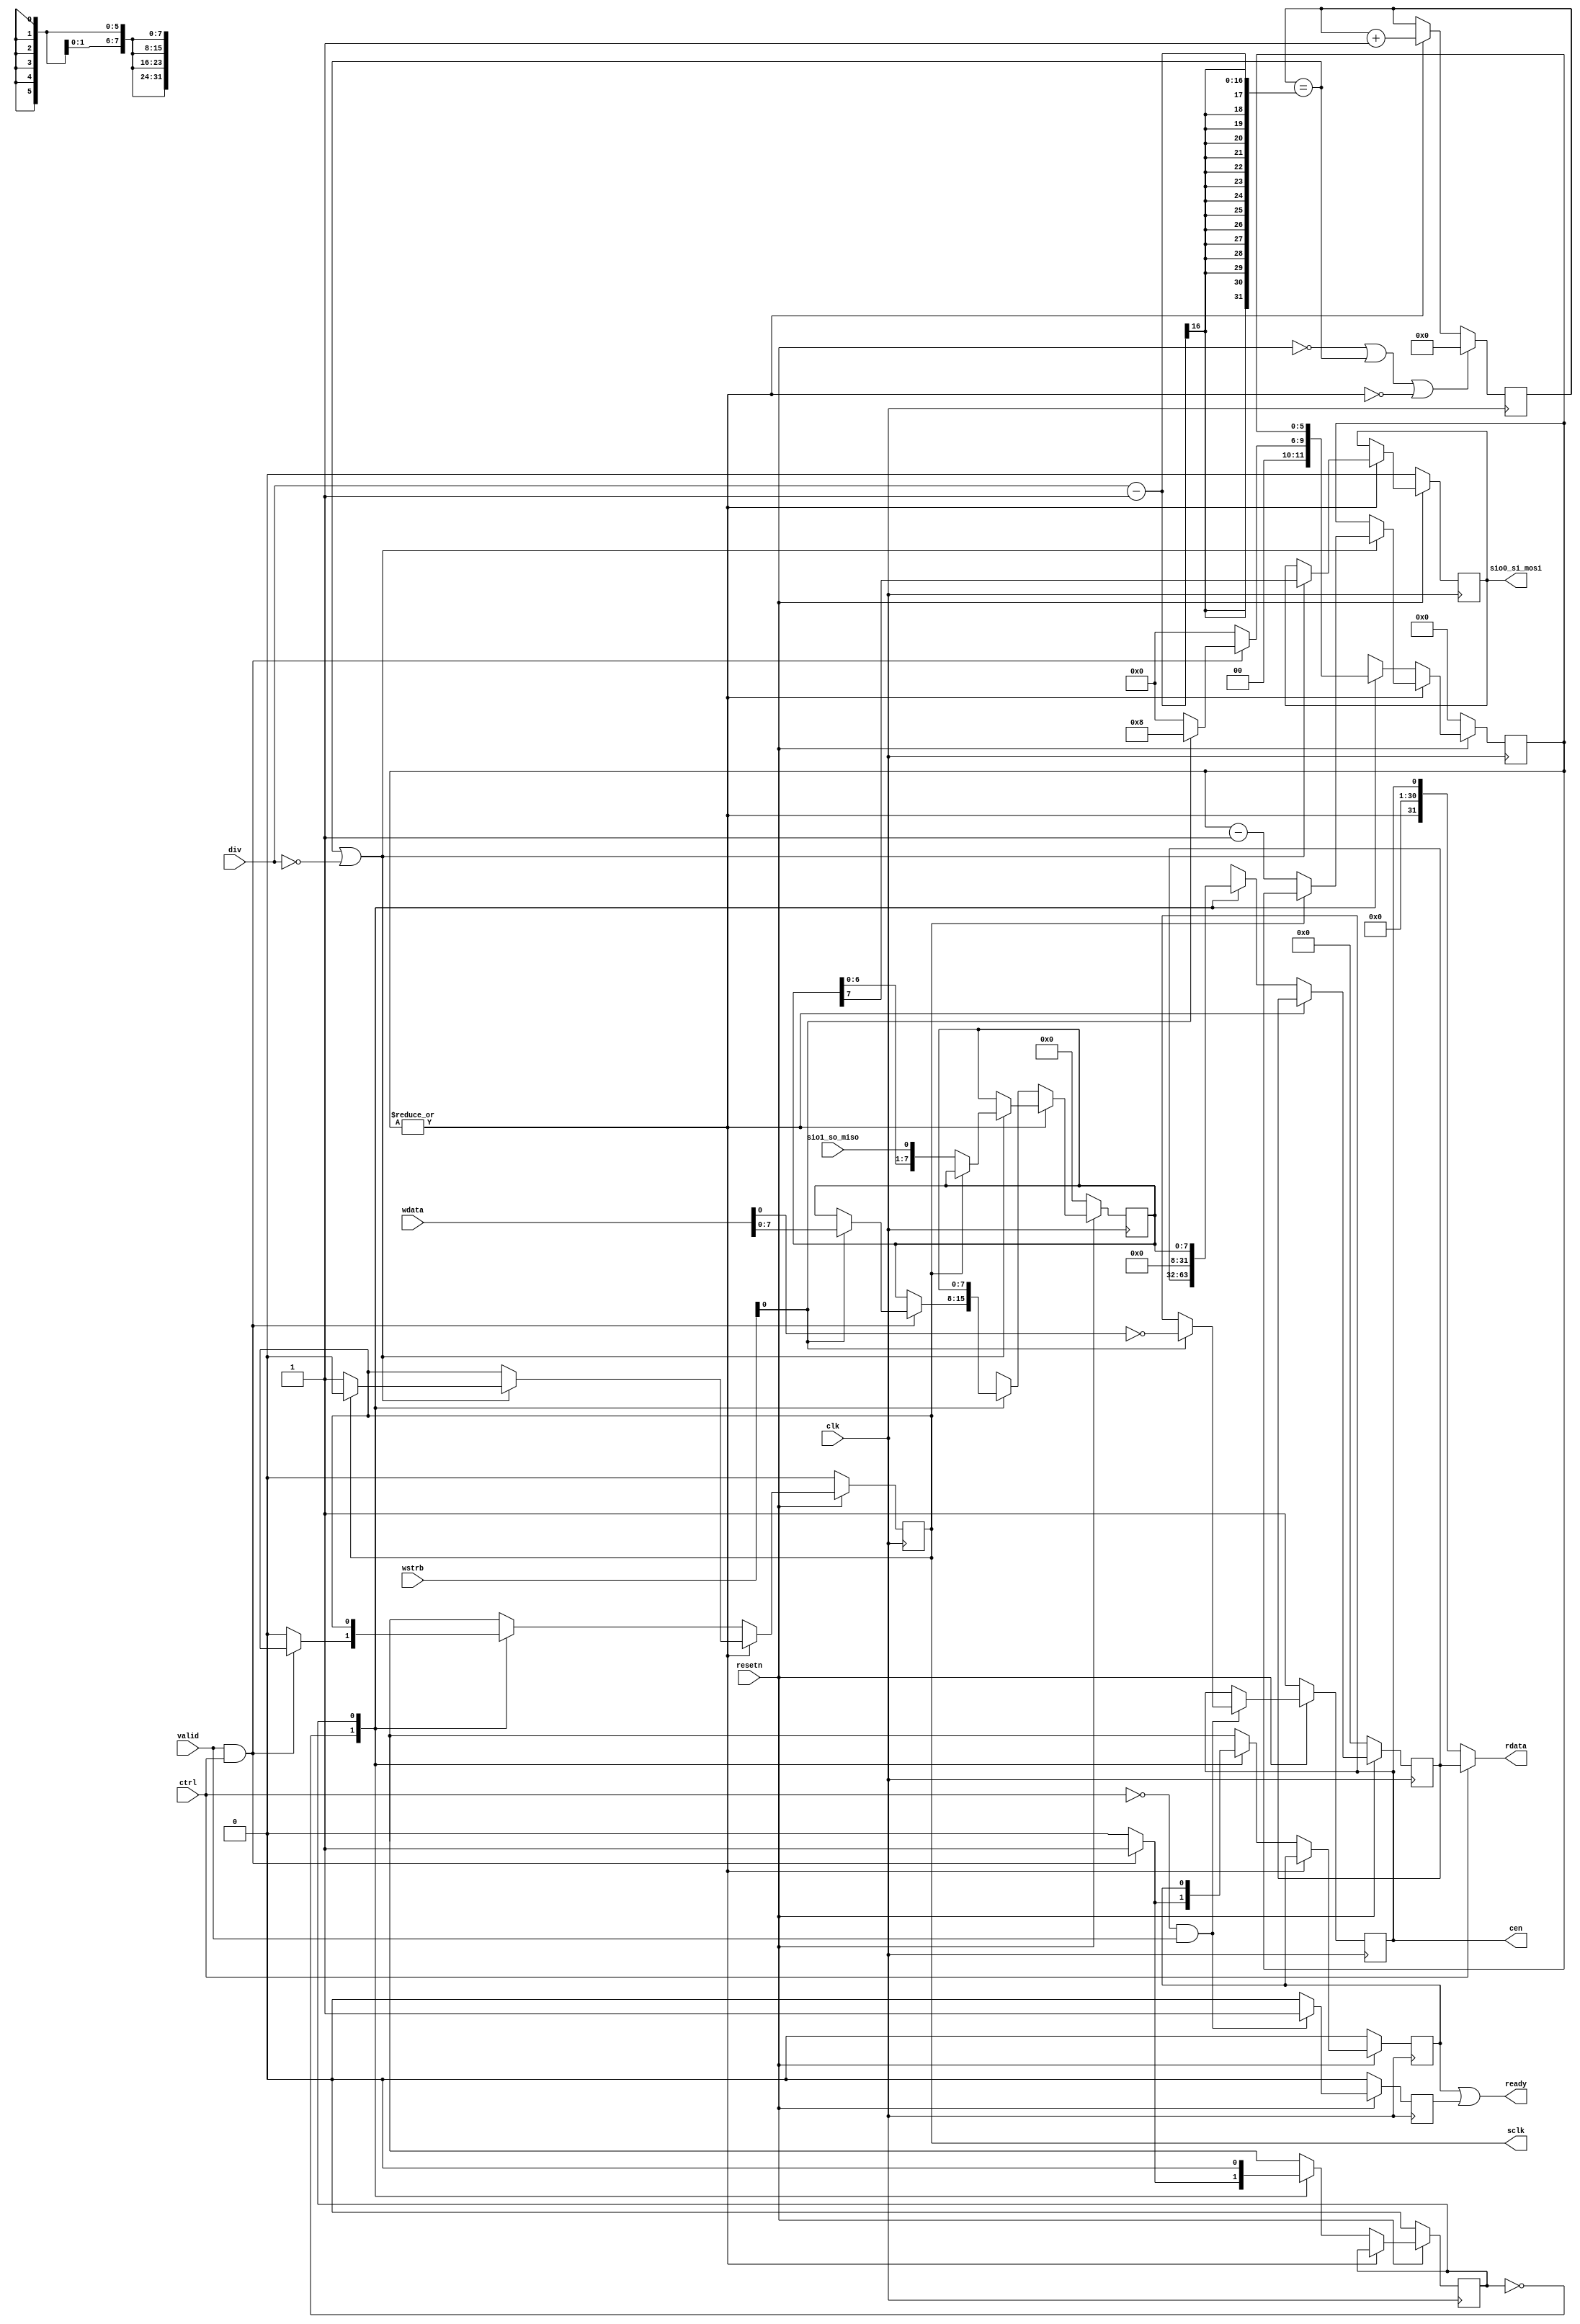
/*
 *  kianv.v - a simple RISC-V rv32ima
 *
 *  copyright (c) 2023 hirosh dabui <hirosh@dabui.de>
 *
 *  permission to use, copy, modify, and/or distribute this software for any
 *  purpose with or without fee is hereby granted, provided that the above
 *  copyright notice and this permission notice appear in all copies.
 *
 *  the software is provided "as is" and the author disclaims all warranties
 *  with regard to this software including all implied warranties of
 *  merchantability and fitness. in no event shall the author be liable for
 *  any special, direct, indirect, or consequential damages or any damages
 *  whatsoever resulting from loss of use, data or profits, whether in an
 *  action of contract, negligence or other tortious action, arising out of
 *  or in connection with the use or performance of this software.
 *
 */
`default_nettype none
/*verilator lint_off UNUSEDSIGNAL*/
module spi #(
    parameter CPOL = 1'b0
) (
    input wire clk,
    input wire resetn,

    input wire ctrl,  /* 0: cs control, 1: data */
    output wire [31:0] rdata,
    input wire [31:0] wdata,
    input wire [3:0] wstrb,
    input wire [15:0] div,
    input wire valid,
    output wire ready,

    output wire cen,
    output reg  sclk,
    input  wire sio1_so_miso,
    output wire sio0_si_mosi
);

  reg [5:0] xfer_cycles;
  reg [31:0] rx_data;
  reg [31:0] rx_data_next;

  reg sclk_next;
  reg sio_out_next;
  reg [7:0] spi_buf_next;
  reg [5:0] xfer_cycles_next;
  reg ready_xfer_next;
  reg ready_xfer;

  reg spi_cen;
  reg spi_cen_nxt;

  reg sio_out;
  wire sio_in;

  assign sio0_si_mosi = sio_out;
  assign sio_in = sio1_so_miso;

  wire in_xfer = |xfer_cycles;
  assign rdata = ctrl ? rx_data : {in_xfer, 30'b0, spi_cen};

  reg ready_ctrl;
  reg ready_ctrl_next;

  assign ready = ready_xfer || ready_ctrl;
  assign cen   = spi_cen;

  always @(posedge clk) begin
    if (!resetn) begin
      spi_cen <= 1'b1;
      ready_ctrl <= 1'b0;
    end else begin
      spi_cen <= spi_cen_nxt;
      ready_ctrl <= ready_ctrl_next;
    end
  end

  wire ctrl_access = !ctrl & valid;
  always @(*) begin
    ready_ctrl_next = 1'b0;
    spi_cen_nxt = spi_cen;
    if (ctrl_access) begin
      if (wstrb[0]) spi_cen_nxt = ~wdata[0];
      ready_ctrl_next = 1'b1;
    end
  end

  localparam [0:0] S0_IDLE = 0;
  localparam [0:0] S1_WAIT_FOR_XFER_DONE = 1;

  reg [17:0] tick_cnt;
  wire tick = tick_cnt == ({2'b0, div} - 1);
  always @(posedge clk) begin
    if (!resetn || tick || ~in_xfer) begin
      tick_cnt <= 0;
    end else begin
      if (in_xfer) tick_cnt <= tick_cnt + 1;
    end
  end

  reg [0:0] state, next_state;
  reg [7:0] spi_buf;

  always @(posedge clk) begin
    if (!resetn) begin
      sclk <= CPOL;
      sio_out <= 1'b0;
      spi_buf <= 0;
      xfer_cycles <= 0;
      ready_xfer <= 0;
      state <= S0_IDLE;
      rx_data <= 0;
    end else begin
      state <= next_state;
      sclk <= sclk_next;
      sio_out <= sio_out_next;
      spi_buf <= spi_buf_next;
      xfer_cycles <= xfer_cycles_next;
      rx_data <= rx_data_next;
      ready_xfer <= ready_xfer_next;
    end
  end

  always @(*) begin
    next_state = state;
    sclk_next = sclk;
    sio_out_next = sio_out;
    spi_buf_next = spi_buf;
    ready_xfer_next = ready_xfer;
    rx_data_next = rx_data;
    xfer_cycles_next = xfer_cycles;

    if (in_xfer) begin
      if (tick || (div == 0)) begin
        sio_out_next = spi_buf[7];
        if (sclk) begin
          sclk_next = 1'b0;
        end else begin
          sclk_next = 1'b1;
          spi_buf_next = {spi_buf[6:0], sio_in};
          xfer_cycles_next = xfer_cycles - 1;
        end
      end

    end else begin
      case (state)
        S0_IDLE: begin
          if (valid && ctrl) begin  // && !ready_xfer) begin  // && !ready_xfer) begin

            if (wstrb[0]) begin
              //ready_xfer_next = 1'b1;
              spi_buf_next = wdata[7:0];
              xfer_cycles_next = 8;  /* byte */
            end else begin
              xfer_cycles_next = 0;  /* byte */
              //ready_xfer_next = 1'b1;
            end
            ready_xfer_next = 1'b1;

            next_state = S1_WAIT_FOR_XFER_DONE;

          end else begin  //if (!valid && ready_xfer) begin
            sclk_next = CPOL;
            xfer_cycles_next = 0;
            ready_xfer_next = 1'b0;
          end
        end

        S1_WAIT_FOR_XFER_DONE: begin
          rx_data_next = {24'b0, spi_buf};
          //ready_xfer_next = 1'b1;
          next_state   = S0_IDLE;
        end

        default: next_state = S0_IDLE;
      endcase

    end

  end

endmodule
/*verilator lint_on UNUSEDSIGNAL*/